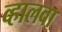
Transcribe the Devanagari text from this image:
व्हालवा